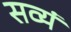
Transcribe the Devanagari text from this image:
सव्यं